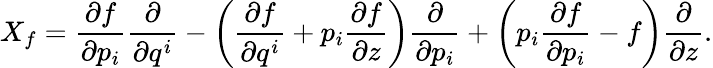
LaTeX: X_{f}=\frac{\partial f}{\partial p_{i}}\frac{\partial}{\partial q^{i}}-\left(\frac{\partial f}{\partial q^{i}}+p_{i}\frac{\partial f}{\partial z}\right)\frac{\partial}{\partial p_{i}}+\left(p_{i}\frac{\partial f}{\partial p_{i}}-f\right)\frac{\partial}{\partial z}.